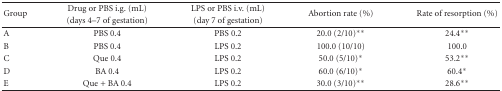
<table><thead><tr><td rowspan="2"><b>Group</b></td><td><b>Drug or PBS i.g. (mL)</b></td><td><b>LPS or PBS i.v. (mL)</b></td><td rowspan="2"><b>Abortion rate (%)</b></td><td rowspan="2"><b>Rate of resorption (%)</b></td></tr><tr><td><b>(days 4–7 of gestation)</b></td><td><b>(day 7 of gestation) </b></td></tr></thead><tbody><tr><td>A</td><td>PBS 0.4</td><td>PBS 0.2</td><td>20.0 (2/10)**</td><td>24.4**</td></tr><tr><td>B</td><td>PBS 0.4</td><td>LPS 0.2</td><td>100.0 (10/10)</td><td>100.0</td></tr><tr><td>C</td><td>Que 0.4</td><td>LPS 0.2</td><td>50.0 (5/10)*</td><td>53.2**</td></tr><tr><td>D</td><td>BA 0.4</td><td>LPS 0.2</td><td>60.0 (6/10)*</td><td>60.4*</td></tr><tr><td>E</td><td>Que + BA 0.4</td><td>LPS 0.2</td><td>30.0 (3/10)**</td><td>28.6**</td></tr></tbody></table>